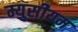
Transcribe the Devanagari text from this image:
म्युसीयम